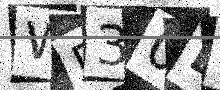
Text: WD30LM